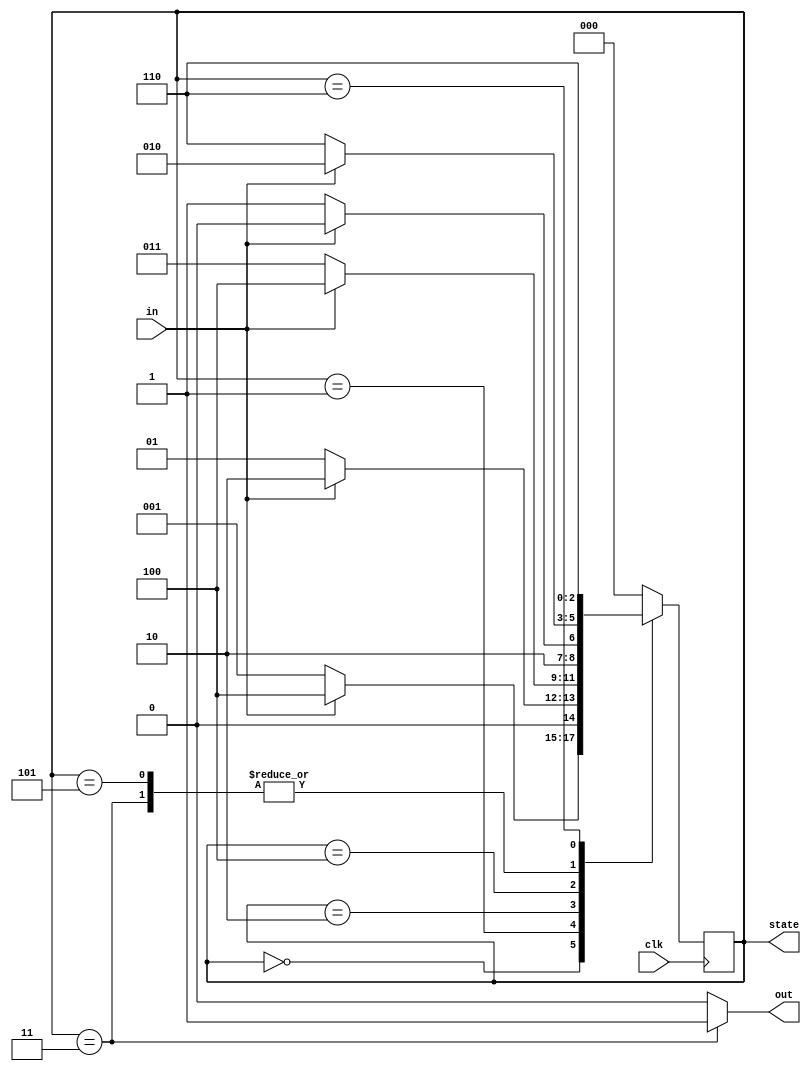
module BitPatternRecognizer(
    input clk,
    input in,
	 output reg[2:0] state,
    output reg out
    );
	 
	parameter S0=3'b000, S1=3'b001, S2=3'b010, S3=2'b011, S4=3'b100, S5=3'b101, S6=3'b110;
	
	
	always @(posedge clk)
	begin
		case (state)
		default: state <= S0;
		S0:
			if( in == 1'b0 )
				state <= S1;
			else
				state <= S4;				
		S1: 
			if( in == 1'b0 )
				state <= S1;
			else
				state <= S2;	
		S2: 
			if( in == 1'b0 )
				state <= S3;
			else
				state <= S4;	
		S3: 
			if( in == 1'b0 )
				state <= S6;
			else
				state <= S2;	
		S4: 
			if( in == 1'b0 )
				state <= S5;
			else
				state <= S4;	
		S5: 
			if( in == 1'b0 )
				state <= S6;
			else
				state <= S2;
		S6: 
			if( in == 1'b0 )
				state <= S6;
			else
				state <= S6;
		endcase
	end

	always @(*) begin
	if(state == S3)
		out = 1'b1;
	else
		out = 1'b0;
	end
	
endmodule